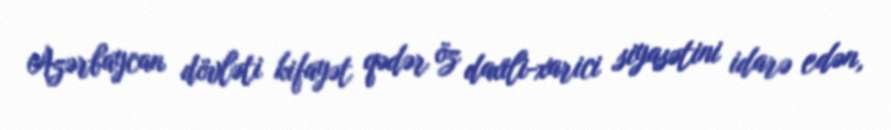
Azərbaycan dövləti kifayət qədər öz daxili-xarici siyasətini idarə edən,